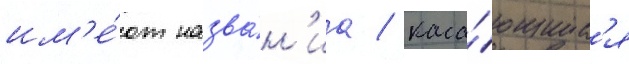
им'е́ют назва́н'иа / каса́ющиес'я